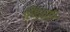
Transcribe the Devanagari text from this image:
सिंधुपति